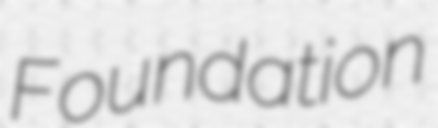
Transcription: Foundation